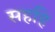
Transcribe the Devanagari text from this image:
सहहि